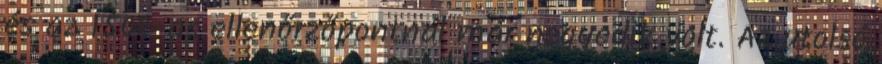
és az 1500-as ellenőrzőpontnál már negyedik volt. Az utolsó